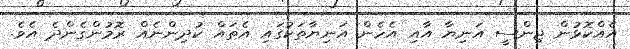
އެއްކޮޅުން ޖިންސީ އަނިޔާ އާއި އެހެން އަނިޔާތަކުގައި އެތައް ކުދިންނެއް ރޮމުންގެންދެ އެވެ.